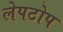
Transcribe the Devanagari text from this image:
लेपटोप